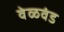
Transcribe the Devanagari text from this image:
वेळवंड